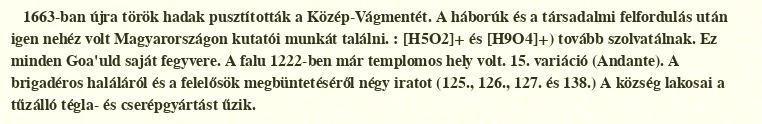
1663-ban újra török hadak pusztították a Közép-Vágmentét. A háborúk és a társadalmi felfordulás után igen nehéz volt Magyarországon kutatói munkát találni. : [H5O2]+ és [H9O4]+) tovább szolvatálnak. Ez minden Goa'uld saját fegyvere. A falu 1222-ben már templomos hely volt. 15. variáció (Andante). A brigadéros haláláról és a felelősök megbüntetéséről négy iratot (125., 126., 127. és 138.) A község lakosai a tűzálló tégla- és cserépgyártást űzik.